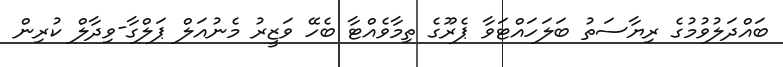
ބައްދަލުވުމުގެ ރިޔާސަތު ބަލަހައްޓަވާ ޕެރޫގެ ތިމާވެއްޓާ ބެހޭ ވަޒީރު މެނުއަލް ޕަލްގާ-ވިދާލް ކުރިން